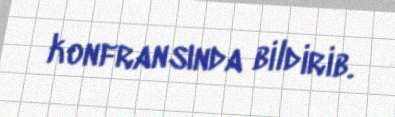
konfransında bildirib.